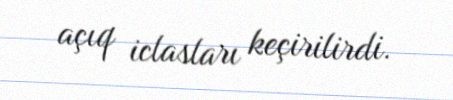
açıq iclasları keçirilirdi.